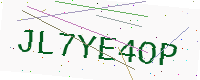
Text: JL7YE4OP